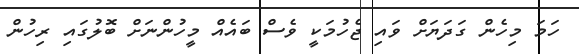
ހަމަ މިހެން ގަދަޔަށް ވައި ޖެހުމަކީ ވެސް ބައެއް މީހުންނަށް ބޮލުގައި ރިހުން